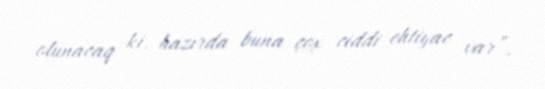
olunacaq ki, hazırda buna çox ciddi ehtiyac var”.